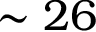
\sim 2 6